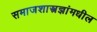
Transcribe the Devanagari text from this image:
समाजशास्त्रज्ञांमधील